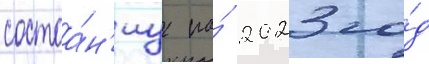
состоа́н'иу на́ 2023 го́д